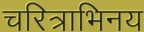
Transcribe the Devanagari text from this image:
चरित्राभिनय